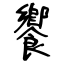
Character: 饗